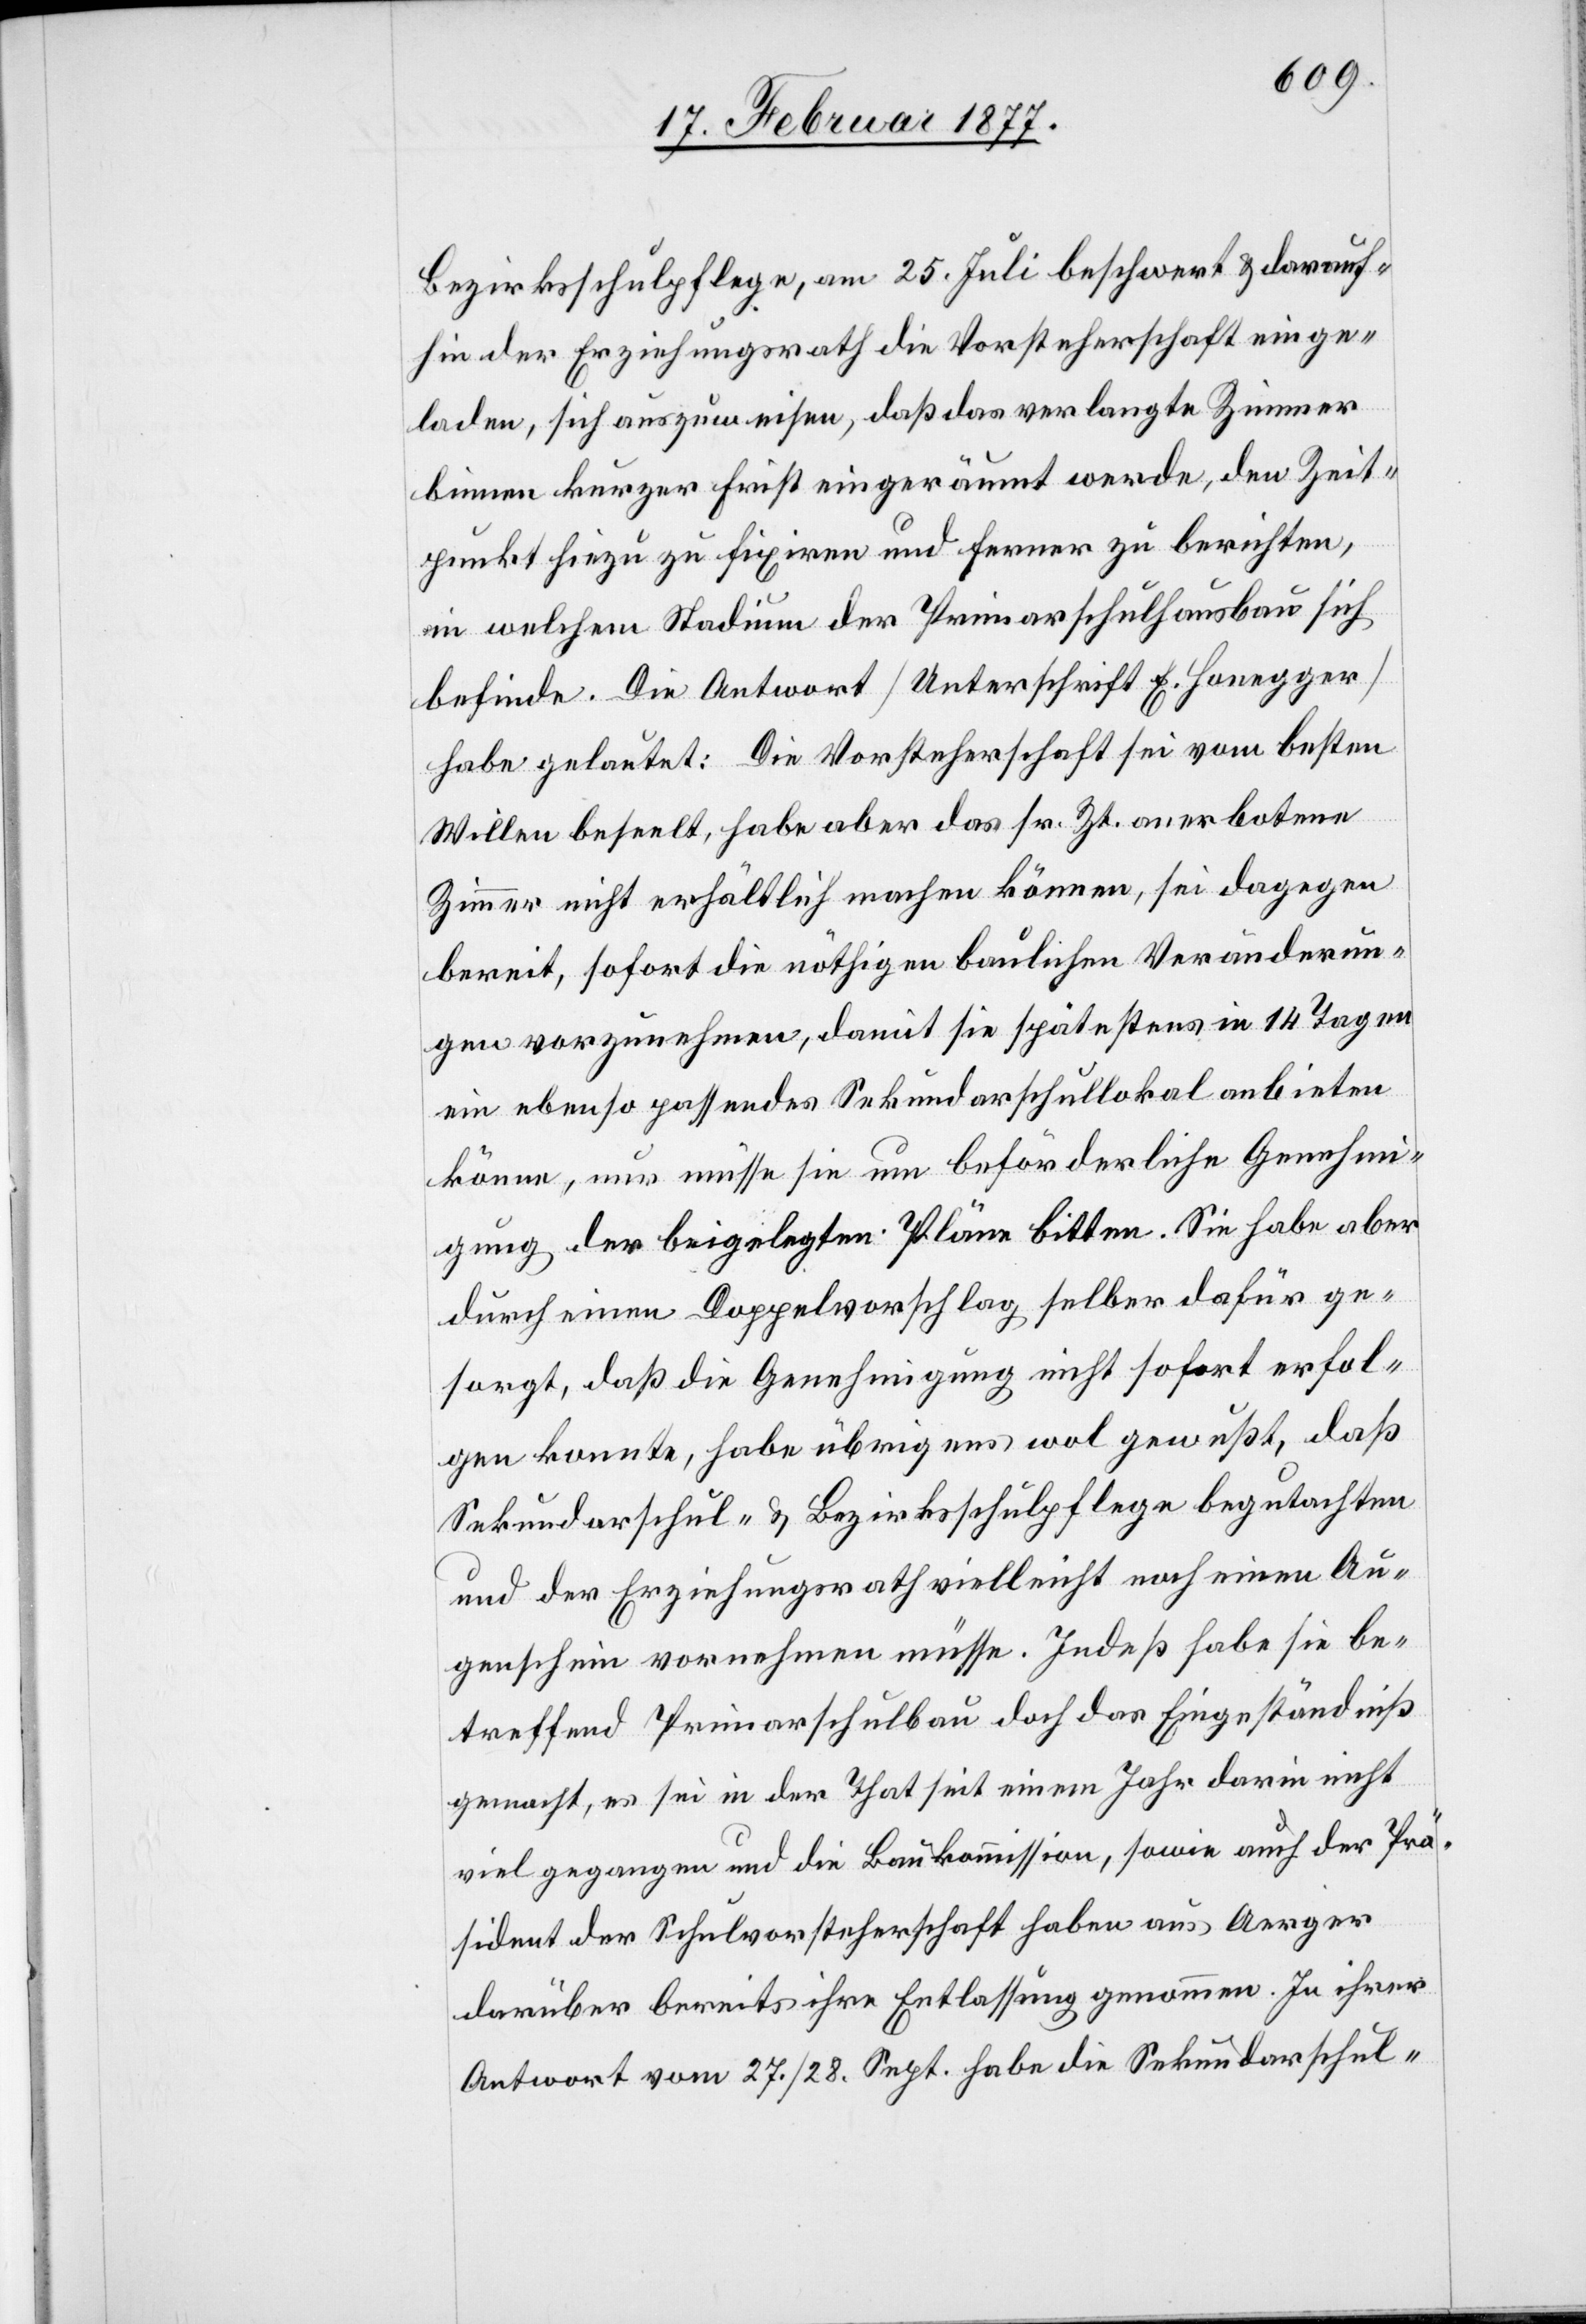
Bezirksschulpflege, am 25. Juli beschwert & darauf¬
hin der Erziehungsrath die Vorsteherschaft einge¬
laden, sich auszuweisen, daß das verlangte Zimmer
binnen kurzer First eingeräumt werde, den Zeit¬
punkt hiezu zu fixiren und ferner zu berichten,
in welchem Stadium der Primarschulhausbau sich
befinde. Die Antwort [Unterschrift E. Honegger]
habe gelautet: Die Vorsteherschaft sei vom besten
Willen beseelt, habe aber das sr. Zt. anerbotene
Zimmer nicht erhältlich machen können, sei dagegen
bereit, sofort die nöthigen baulichen Veränderun¬
gen vorzunehmen, damit sie spätestens in 14 Tagen
ein ebenso passendes Sekundarschullokal anbieten
könne, nur müsse sie um beförderliche Genehmi¬
gung der beigelegten Pläne bitten. Sie habe aber
durch einen Doppelvorschlag selber dafür ge¬
sorgt, daß die Genehmigung nicht sofort erfol¬
gen konnte, habe übrigens wol gewußt, daß
Sekundarschul- & Bezirksschulpflege begutachten
und der Erziehungsrath vielleicht noch einen Au¬
genschein vornehmen müsse. Indeß habe sie be¬
treffend Primarschulbau doch das Eingeständniß
gemacht, es sei in der That seit einem Jahr darin nicht
viel gegangen und die Baukommission, sowie auch der Prä¬
sident der Schulvorsteherschaft haben aus Aerger
darüber bereits ihre Entlassung genommen. In ihrer
Antwort vom 27./28. Sept. habe die Sekundarschul-